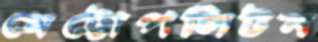
মেট্টোপলিটন